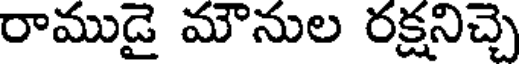
రాముడై మౌనుల రక్షనిచ్చె